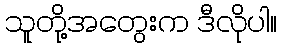
သူတို့အတွေးက ဒီလိုပါ။